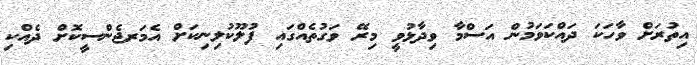
އިތުރަށް ވާހަކަ ދައްކަވަމުން އަސްމާ ވިދާޅުވީ މިރޭ ވަގުތެއްގައި ފުލޫކުލިނިކަށް އެމަރޖެންސީކޮށް ދެއްކި